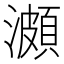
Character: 𤀪